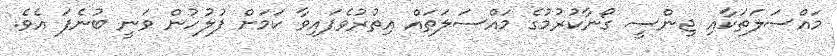
މައްސަލަތަކާއި ޖިންސީ ގޯނާކުރުމުގެ މައްސަލަތައް އިތުރުވެފައިވާ ކަމަށް ފުލުހުން ވަނީ ބުނެފަ އެެވެ.